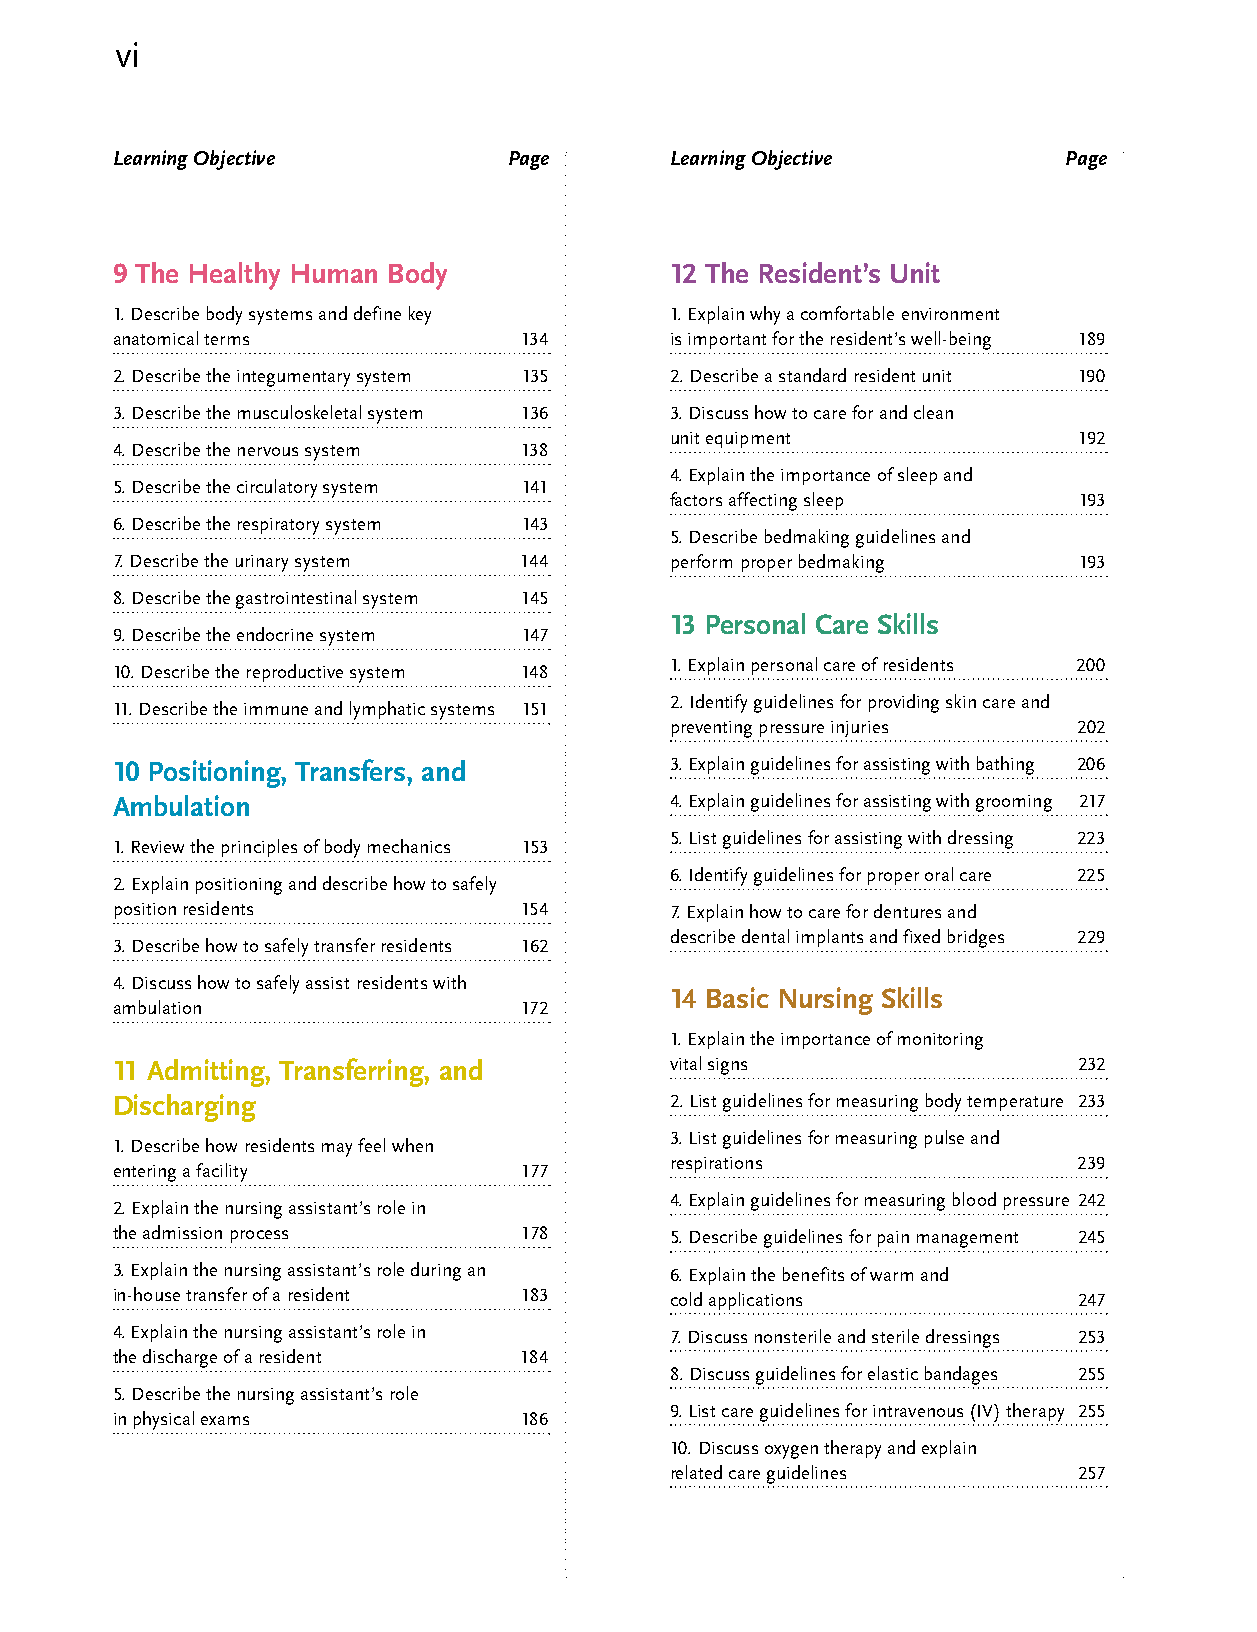
vi
 Learning Objective         Page      Learning Objective        Page
 9 The Healthy Human Body             12 The Resident’s Unit
 1. Describe body systems and define key 1. Explain why a comfortable environment
 anatomical terms           134       is important for the resident’s well-being 189
 2. Describe the integumentary system 135 2. Describe a standard resident unit 190
 3. Describe the musculoskeletal system 136 3. Discuss how to care for and clean
 unit equipment             192
 4. Describe the nervous system 138
 4. Explain the importance of sleep and
 5. Describe the circulatory system 141
 factors affecting sleep    193
 6. Describe the respiratory system 143
 5. Describe bedmaking guidelines and
 7. Describe the urinary system 144   perform proper bedmaking   193
 8. Describe the gastrointestinal system 145
 13 Personal Care Skills
 9. Describe the endocrine system 147
 1. Explain personal care of residents 200
 10. Describe the reproductive system 148
 2. Identify guidelines for providing skin care and
 11. Describe the immune and lymphatic systems 151
 preventing pressure injuries 202
 10 Positioning, Transfers, and       3. Explain guidelines for assisting with bathing 206
 Ambulation                           4. Explain guidelines for assisting with grooming 217
 5. List guidelines for assisting with dressing 223
 1. Review the principles of body mechanics 153
 6. Identify guidelines for proper oral care 225
 2. Explain positioning and describe how to safely
 position residents         154       7. Explain how to care for dentures and
 describe dental implants and fixed bridges 229
 3. Describe how to safely transfer residents 162
 4. Discuss how to safely assist residents with
 14 Basic Nursing Skills
 ambulation                 172
 1. Explain the importance of monitoring
 11 Admitting, Transferring, and      vital signs                232
 Discharging                          2. List guidelines for measuring body temperature 233
 3. List guidelines for measuring pulse and
 1. Describe how residents may feel when
 respirations               239
 entering a facility         177
 4. Explain guidelines for measuring blood pressure 242
 2. Explain the nursing assistant’s role in
 the admission process       178      5. Describe guidelines for pain management 245
 3. Explain the nursing assistant’s role during an 6. Explain the benefits of warm and
 in-house transfer of a resident 183  cold applications          247
 4. Explain the nursing assistant’s role in 7. Discuss nonsterile and sterile dressings 253
 the discharge of a resident 184
 8. Discuss guidelines for elastic bandages 255
 5. Describe the nursing assistant’s role
 9. List care guidelines for intravenous (IV) therapy 255
 in physical exams          186
 10. Discuss oxygen therapy and explain
 related care guidelines    257